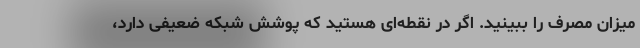
میزان مصرف را ببینید. اگر در نقطه‌ای هستید که پوشش شبکه ضعیفی دارد،